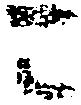
こ